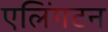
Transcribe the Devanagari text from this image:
एलिंगटन